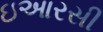
ઇઆરસી